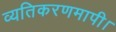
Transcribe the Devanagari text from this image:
व्यतिकरणमापी।